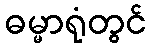
ဓမ္မာရုံတွင်